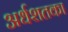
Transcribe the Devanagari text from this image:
अर्धशतका